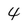
Character: 4